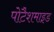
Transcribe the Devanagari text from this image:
पोटैशमाइड